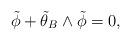
LaTeX: \begin{align*} \tilde{\phi} + \tilde{\theta}_B \wedge\tilde{\phi} = 0,\end{align*}